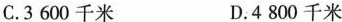
C.3600千米 D.4800千米